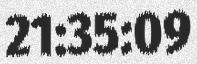
21:35:09